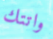
واتتك